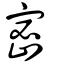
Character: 密